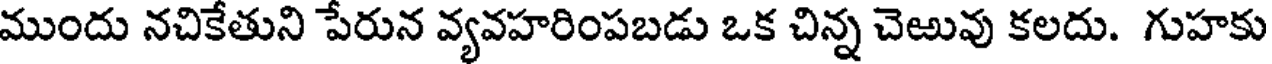
ముందు నచికేతుని పేరున వ్యవహరింపబడు ఒక చిన్న చెఱువు కలదు. గుహకు